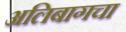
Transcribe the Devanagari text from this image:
अलिबागचा